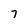
Character: 7